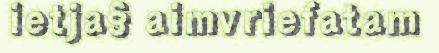
ietja§ aimvriefatam